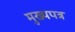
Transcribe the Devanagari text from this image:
मुख्यपत्र